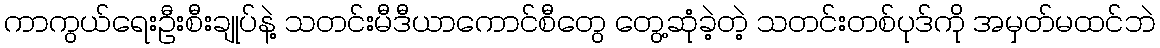
ကာကွယ်ရေးဦးစီးချုပ်နဲ့ သတင်းမီဒီယာကောင်စီတွေ တွေ့ဆုံခဲ့တဲ့ သတင်းတစ်ပုဒ်ကို အမှတ်မထင်ဘဲ